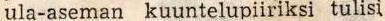
ula-aseman kuuntelupiiriksi tulisi